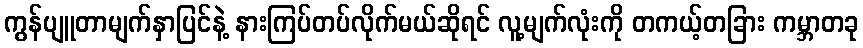
ကွန်ပျူတာမျက်နှာပြင်နဲ့ နားကြပ်တပ်လိုက်မယ်ဆိုရင် လူ့မျက်လုံးကို တကယ့်တခြား ကမ္ဘာတခု